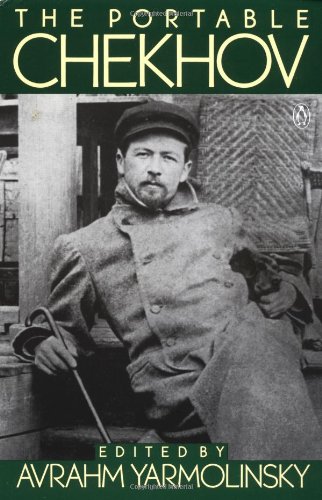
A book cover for The Portable Chekhov (Portable Library); Anton Chekhov; Literature & Fiction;